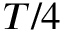
T / 4